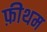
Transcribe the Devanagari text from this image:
फ़ीथम